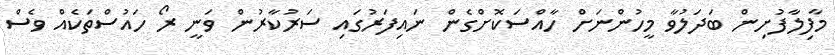
މާފިލާފުށިން ބަދަލުވާ މީހުންނަށް ހާއްސަކޮށްގެން ނައިފަރުގައި ސަރުކާރުން ވަނީ ރޯ ހައުސްތަކެއް ވެސް